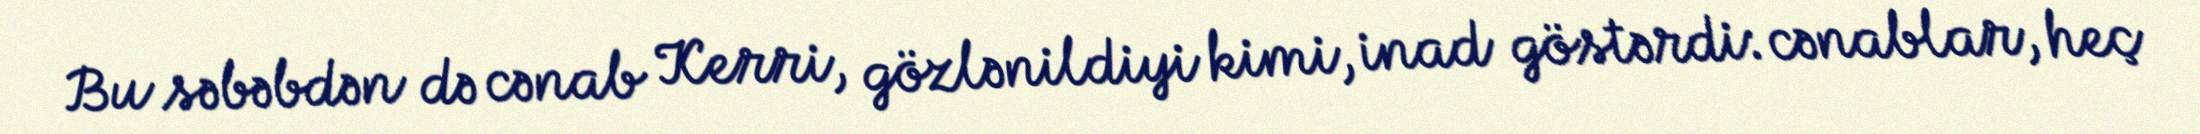
Bu səbəbdən də cənab Kerri, gözlənildiyi kimi, inad göstərdi: cənablar, heç